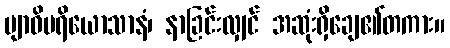
ဗျာဓိပရိယောသာနံ၊ နာခြင်းလျှင် အဆုံးရှိချေ၏တကား။